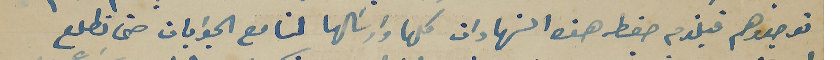
توجدوهم فيلزم حفظ هذه الشهادات كلها وارسَالها لنا مع الجوابات حتى نطلع